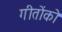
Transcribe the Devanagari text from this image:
गीतोंको